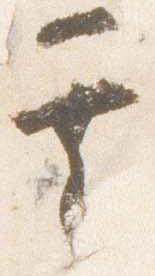
其